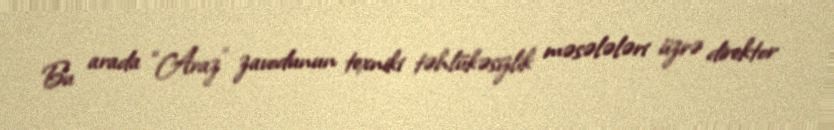
Bu arada “Araz” zavodunun texniki təhlükəsizlik məsələləri üzrə direktor